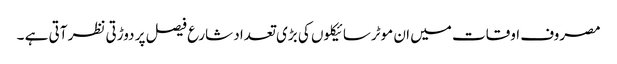
مصروف اوقات میں ان موٹرسائیکلوں کی بڑی تعداد شارع فیصل پر دوڑتی نظر آتی ہے ۔